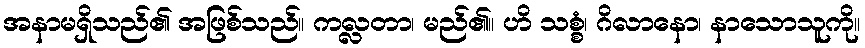
အနာမရှိသည်၏ အဖြစ်သည်။ ကလ္လတာ၊ မည်၏။ ဟိ သစ္စံ၊ ဂိလာနော၊ နာသောသူကို။